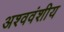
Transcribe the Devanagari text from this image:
अश्ववंशीय